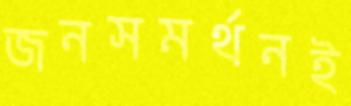
জনসমর্থনই